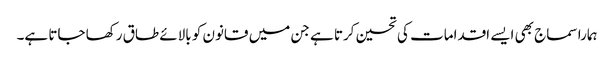
ہمارا سماج بھی ایسے اقدامات کی تحسین کرتا ہے جن میں قانون کو بالائے طاق رکھا جاتا ہے۔